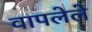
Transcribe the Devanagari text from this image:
वापलेले